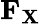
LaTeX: \mathbf{F}_{\mathbf{X}}